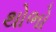
થોભો